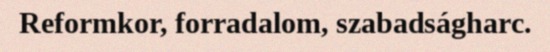
Reformkor, forradalom, szabadságharc.